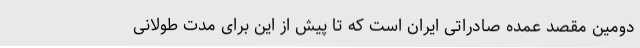
دومین مقصد عمده صادراتی ایران است که تا پیش از این برای مدت طولانی